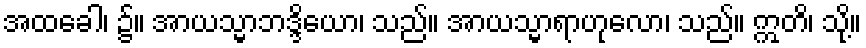
အထခေါ၊ ၌။ အာယသ္မာဘဒ္ဒိယော၊ သည်။ အာယသ္မာရာဟုလော၊ သည်။ ဣတိ၊ သို့။